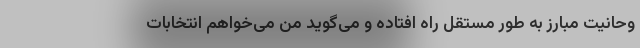
وحانیت مبارز به طور مستقل راه افتاده و می‌گوید من می‌خواهم انتخابات